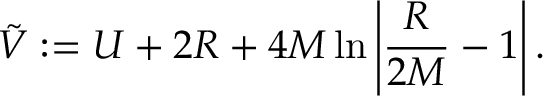
\tilde { V } : = U + 2 R + 4 M \ln \left| \frac { R } { 2 M } - 1 \right| .